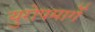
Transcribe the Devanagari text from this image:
युरोपमार्गे